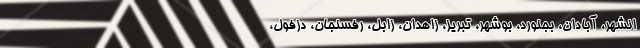
انشهر، آبادان، بجنورد، بوشهر، تبریز، زاهدان، زابل، رفسنجان، دزفول،